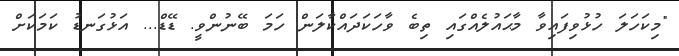
"މިކަހަލަ ހުޅުވިފައިވާ މާޙައުލެއްގައި ތިބެ ވާހަކަދައްކާލަން ހަމަ ބޭނުންވީ. ޑޭޑް... އަޅުގަނޑު ކަމަކަށް